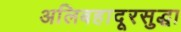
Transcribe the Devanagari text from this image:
अलिबहादूरसुद्धा